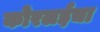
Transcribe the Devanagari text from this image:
कोरलईचा